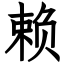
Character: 赖